Malaria in the Andamans - Number 56
Disease focus: Malaria
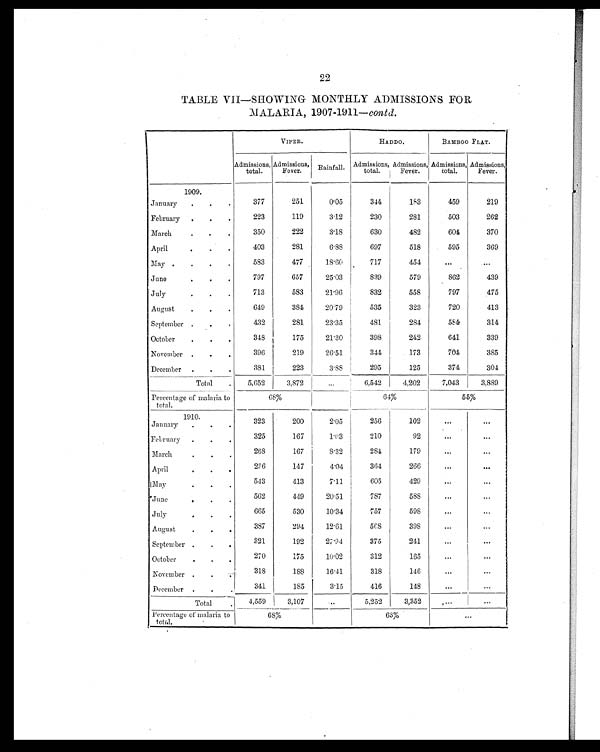
22
TABLE VII—SHOWING MONTHLY ADMISSIONS FOR
MALARIA, 1907-1911— contd.
VIPER.
HADDO.
BAMBOO FLAT.
Admissions,
total.
Admissions,
Fever.
Rainfall. Admissions,
total.
Admissions,
Fever.
Admissions,
total.
Admissions,
Fever.
1909.
January
.
.
.
377
251
0.05
344
183
459
219
February .
.
.
223
119
3.12
230
281
503
262
March
.
. .
350
222
3.18
630
482
604
370
April
.
.
.
403
281
6.88
697
518
595
369
May
.
.
.
583
477
18.60
717
454
...
. . .
June
.
.
.
797
657
25.03
839
579
862
439
July
.
.
.
713
583
21.96
832
558
797
475
August
.
.
.
649
384
20.79
535
323
720
413
September .
.
.
432
281
23.35
481
284
584
314
October
.
.
.
348
175
21.30
398
242
641
339
November
.
.
.
396
219
26.51
344
173
704
385
December .
.
.
381
223
3.88
295
125
374
304
Total
.
5,652
3,872
...
6,542
4,202
7,043
3,889
Percentage of malaria to
total.
68%
64%
55%
1910.
January
.
.
.
323
200
2.05
256
102
. . .
. . .
February
.
.
.
325
167
1.03
210
92
...
. . .
March
.
.
.
268
167
8.32
284
179
. . .
. . .
April
.
.
.
236
147
4.04
364
266
...
. . .
May
.
.
.
543
413
7.11
605
429
...
...
June
.
.
.
562
449
20.51
787
588
. . .
. . .
July
.
.
.
665
530
10.34
757
598
...
...
August
.
.
.
387
294
12.61
568
398
. . . ...
September .
.
.
321
192
27.94
375
241
...
...
October
.
.
.
270
175
10.02
312
165
...
. . .
November .
.
.
318
188
16.41
318
146
...
...
December .
.
.
341
185
3.15
416
148
...
...
Total
.
4,559
3,107
. . .
5.252
3,352
. . .
. . .
Percentage of malaria to
total.
6 8 %
63%
. . .